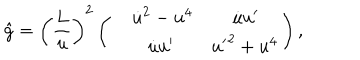
LaTeX: \hat { g } = \left( { \frac { L } { u } } \right) ^ { 2 } \left( \begin{array} { l l l } { { } } & { { { \dot { u } } ^ { 2 } - u ^ { 4 } } } & { { \; { \dot { u } } { u ^ { \prime } } } } \\ { { } } & { { { \dot { u } } { u ^ { \prime } } } } & { { { u ^ { \prime } } ^ { 2 } + u ^ { 4 } } } \\ \end{array} \right) ,